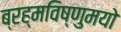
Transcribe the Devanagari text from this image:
ब्रह्मविष्णुमयो